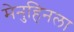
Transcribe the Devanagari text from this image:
मेनुहिनला